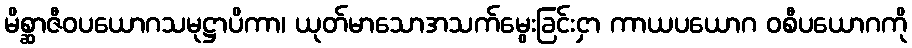
မိစ္ဆာဇီဝပယောဂသမုဋ္ဌာပိကာ၊ ယုတ်မာသောအသက်မွေးခြင်းငှာ ကာယပယောဂ ဝစီပယောဂကို